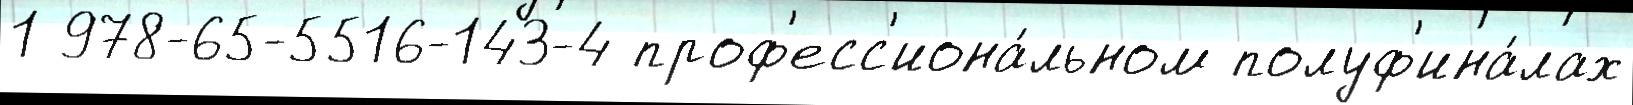
1 978-65-5516-143-4 проф'есс'иона́льном полуф'ина́лах